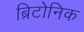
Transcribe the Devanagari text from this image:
ब्रिटोनिक